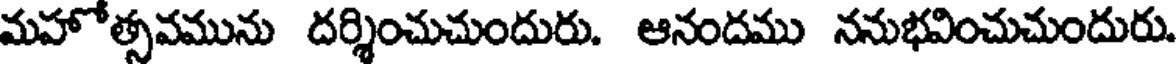
మహోత్సవమును దర్శించుచుందురు. ఆనందము ననుభవించుచుందురు.